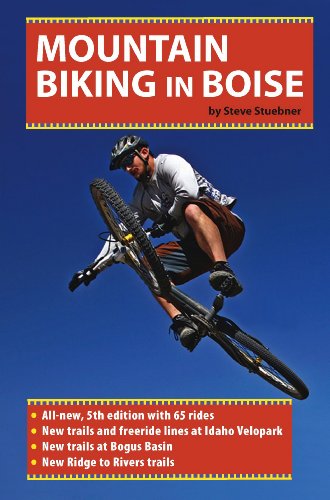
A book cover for Mountain Biking in Boise; Steve Stuebner; Travel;